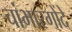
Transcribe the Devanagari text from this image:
चांभारगोंदे